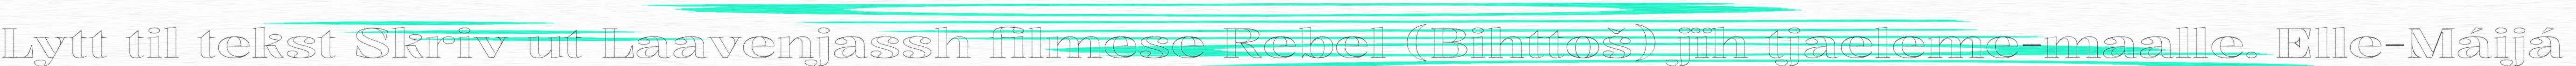
Lytt til tekst Skriv ut Laavenjassh filmese Rebel (Bihttoš) jïh tjaeleme-maalle. Elle-Máijá